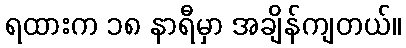
ရထားက ၁၈ နာရီမှာ အချိန်ကျတယ်။